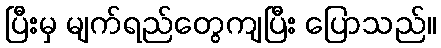
ပြီးမှ မျက်ရည်တွေကျပြီး ပြောသည်။